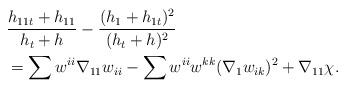
\begin{align*}&\frac{h_{11t}+ h_{11}}{h_{t}+h}-\frac{( h_{1}+h_{1t})^{2}}{(h_{t}+ h)^{2}}\\&=\sum w^{ii}\nabla_{11}w_{ii}-\sum w^{ii}w^{kk}(\nabla_{1}w_{ik})^{2}+\nabla_{11}\chi.\end{align*}